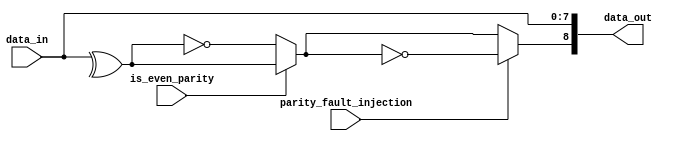



module PARITY_GEN
#(parameter DATA_IN_WIDTH=8)
(
    input wire is_even_parity, //1 for even 0 for odd
    input wire [DATA_IN_WIDTH-1:0] data_in,
    input wire parity_fault_injection,

    output wire [DATA_IN_WIDTH:0] data_out
);
 
// assign data_out = {^data_in[DATA_IN_WIDTH-1:0] ~^ is_even_parity ^ parity_fault_injection, data_in};

assign parity_bit = 
    is_even_parity 
    ?
    ^data_in[DATA_IN_WIDTH-1:0]
    :
    ~(^data_in[DATA_IN_WIDTH-1:0]);

assign data_out = { 
    parity_fault_injection ? ~parity_bit : parity_bit
    ,
    data_in[DATA_IN_WIDTH-1:0]
    };

 

endmodule

module parity_gen_sanity_test();

    wire [8:0] data_out;

    PARITY_GEN
        #(.DATA_IN_WIDTH(8))
    uPARITY_GEN
    (
        .is_even_parity(1'b1),
        .data_in(8'b01000001),
        .data_out(data_out[8:0]),
        .parity_fault_injection(1'b0)
    );    

    initial begin
        #100
        $display("Parity bit: %b", data_out[8]);
    end

endmodule